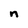
Character: n